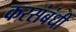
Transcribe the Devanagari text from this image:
करसंबंधी